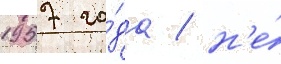
1957 го́да / н'е́